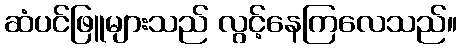
ဆံပင်ဖြူများသည် လွင့်နေကြလေသည်။